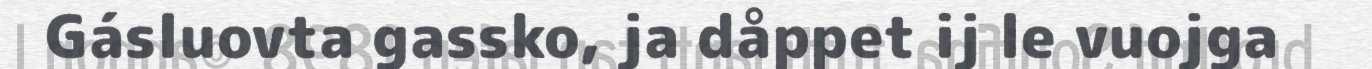
Gásluovta gassko, ja dåppet ij le vuojga